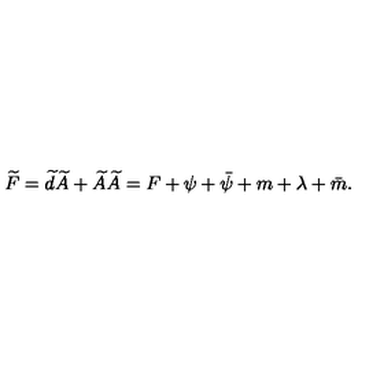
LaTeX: \widetilde { F } = \widetilde { d } \widetilde { A } + \widetilde { A } \widetilde { A } = F + \psi + \bar { \psi } + m + \lambda + \bar { m } .